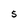
Character: 5